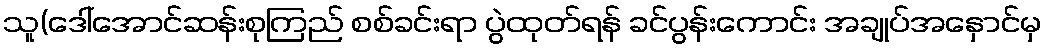
သူ(ဒေါ်အောင်ဆန်းစုကြည် စစ်ခင်းရာ ပွဲထုတ်ရန် ခင်ပွန်းကောင်း အချုပ်အနှောင်မှ